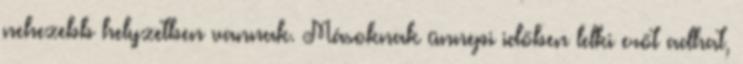
nehezebb helyzetben vannak. Másoknak ünnepi időben lelki erőt adhat,